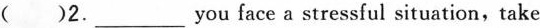
( )2.___you face a stressful situation, take